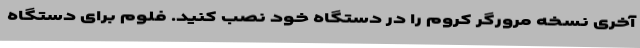
آخری نسخه مرورگر کروم را در دستگاه خود نصب کنید. فلوم برای دستگاه